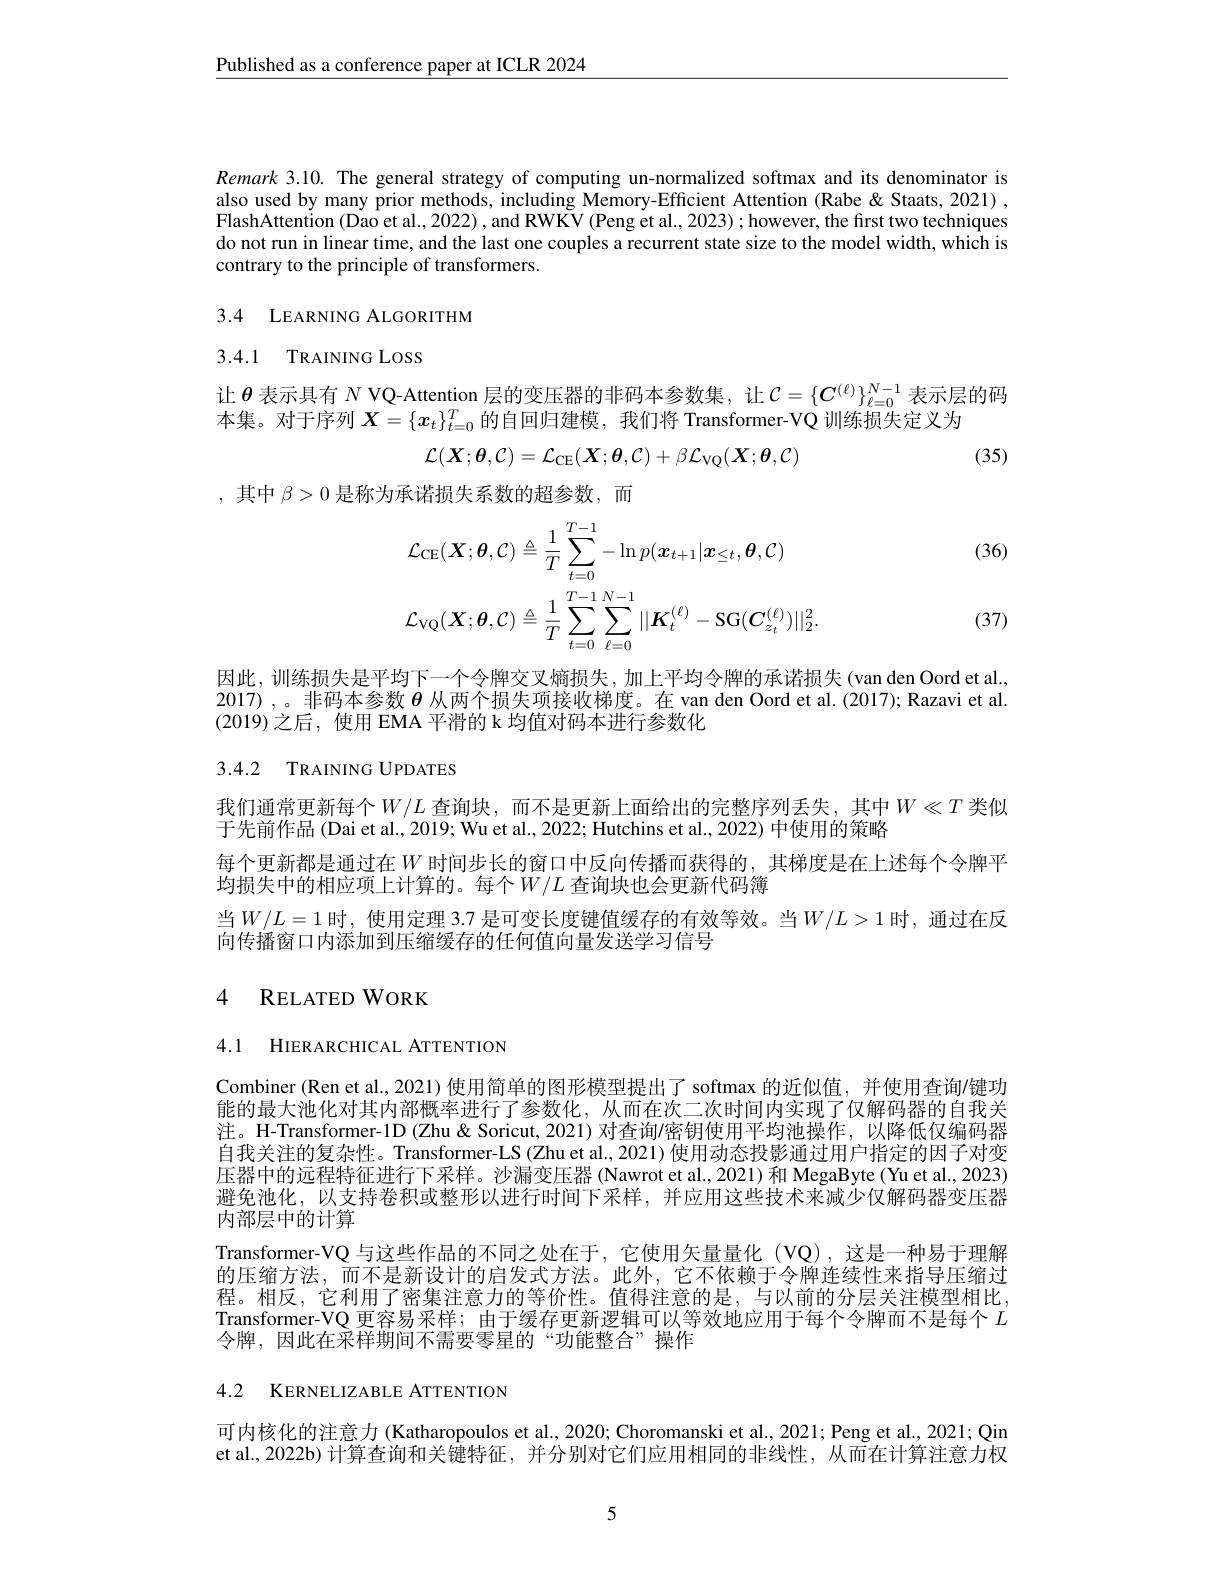
$\underline{\text{Published as a conference paper at ICLR 2024}}$

Remark 3.10. The general strategy of computing un-normalized softmax and its denominator is also used by many prior methods, including Memory-Efficient Attention (Rabe&Staats, 2021) , FlashAttention (Dao et al., 2022) , and RWKV (Peng et al., 2023) ; however, the first two techniques do not run in linear time, and the last one couples a recurrent state size to the model width, which is contrary to the principle of transformers.

3.4 LEARNING ALGORITHM
3.4.1 TRAINING LOSS

让$\theta$表示具有$N$ VQ-Attention 层的变压器的非码本参数集，让$\mathcal{C}=\{C^{(\ell)}\}_{\ell=0}^{N-1}$表示层的码
本集。对于序列$X=\{x_t\}_{t=0}^T$的自回归建模，我们将 Transformer-VQ 训练损失定义为
$$\mathcal{L}(\boldsymbol{X};\boldsymbol{\theta},\mathcal{C})=\mathcal{L}_{\mathrm{CE}}(\boldsymbol{X};\boldsymbol{\theta},\mathcal{C})+\beta\mathcal{L}_{\mathrm{VQ}}(\boldsymbol{X};\boldsymbol{\theta},\mathcal{C})$$
(35)

,其中$\beta>0$是称为承诺损失系数的超参数，而

(36)
$$\begin{aligned}&\mathcal{L}_{\mathrm{CE}}(\boldsymbol{X};\boldsymbol{\theta},\mathcal{C})\triangleq\frac{1}{T}\sum_{t=0}^{T-1}-\ln p(\boldsymbol{x}_{t+1}|\boldsymbol{x}_{\leq t},\boldsymbol{\theta},\mathcal{C})\\&\mathcal{L}_{\mathrm{VQ}}(\boldsymbol{X};\boldsymbol{\theta},\mathcal{C})\triangleq\frac{1}{T}\sum_{t=0}^{T-1}\sum_{\ell=0}^{N-1}||\boldsymbol{K}_{t}^{(\ell)}-\mathrm{SG}(\boldsymbol{C}_{z_{t}}^{(\ell)})||_{2}^{2}.\end{aligned}$$
(37)

因此，训练损失是平均下一个令牌交叉熵损失，加上平均令牌的承诺损失(van den Oord et al., 2017),。非码本参数$\boldsymbol{\theta}$从两个损失项接收梯度。在 van den Oord et al. (2017); Razavi et al. (2019)之后，使用 EMA 平滑的 k 均值对码本进行参数化

## 3.4.2 TRAINING UPDATES

我们通常更新每个$W/L$ 查询块，而不是更新上面给出的完整序列丢失，其中$W\ll T$类似
于先前作品 (Dai et al., 2019; Wu et al., 2022; Hutchins et al., 2022) 中使用的策略
每个更新都是通过在$W$时间步长的窗口中反向传播而获得的，其梯度是在上述每个令牌平
均损失中的相应项上计算的。每个$W/L$ 查询块也会更新代码簿
当$W/L=1$ 时，使用定理 3.7 是可变长度键值缓存的有效等效。当$W/L>1$ 时，通过在反
向传播窗口内添加到压缩缓存的任何值向量发送学习信号

## 4 RELATED WORK

4.1 HIERARCHICAL ATTENTION

Combiner (Ren et al., 2021) 使用简单的图形模型提出了 softmax 的近似值，并使用查询/键功能的最大池化对其内部概率进行了参数化，从而在次二次时间内实现了仅解码器的自我关注。H-Transformer-1D (Zhu & Soricut, 2021) 对查询$\prime$密钥使用平均池操作，以降低仅编码器自我关注的复杂性。Transformer-LS (Zhu et al., 2021) 使用动态投影通过用户指定的因子对变压器中的远程特征进行下采样。沙漏变压器(Nawrot et al.,2021)和 MegaByte(Yu et al., 2023) 避免池化，以支持卷积或整形以进行时间下采样，并应用这些技术来减少仅解码器变压器内部层中的计算
Transformer-VQ 与这些作品的不同之处在于 ,它使用矢量量化 (VQ),这是一种易于理解的压缩方法，而不是新设计的启发式方法。此外，它不依赖于令牌连续性来指导压缩过程。相反，它利用了密集注意力的等价性。值得注意的是，与以前的分层关注模型相比， Transformer-VQ 更容易采样；由于缓存更新逻辑可以等效地应用于每个令牌而不是每个$L$ 令牌，因此在采样期间不需要零星的“功能整合”操作

4.2 KERNELIZABLE ATTENTION

可内核化的注意力 (Katharopoulos et al., 2020; Choromanski et al., 2021; Peng et al., 2021; Qin et al., 2022b) 计算查询和关键特征，并分别对它们应用相同的非线性，从而在计算注意力权

5